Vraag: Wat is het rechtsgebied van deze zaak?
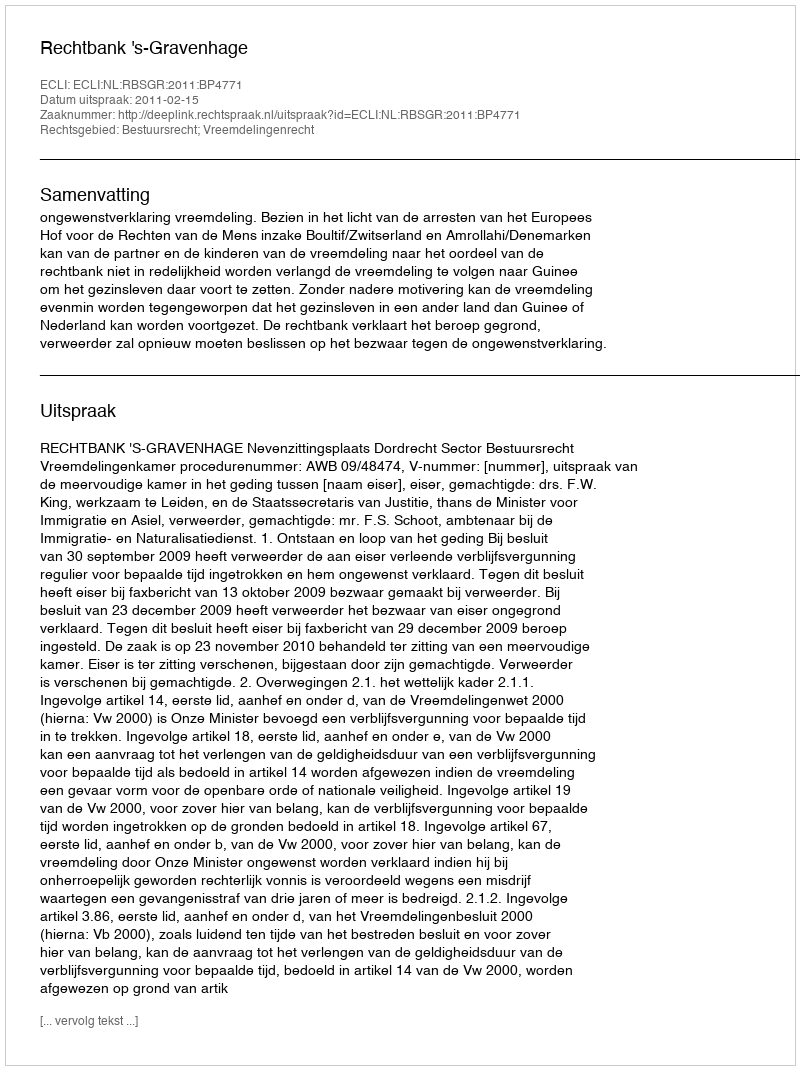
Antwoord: Bestuursrecht; Vreemdelingenrecht